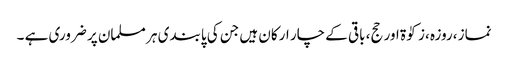
نماز ،روزہ ،زکوٰۃ اور حج، باقی کے چار ارکان ہیں جن کی پابندی ہر مسلمان پر ضروری ہے ۔